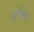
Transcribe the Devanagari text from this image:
पुर्ववत्